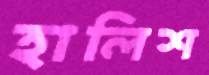
হালিশ